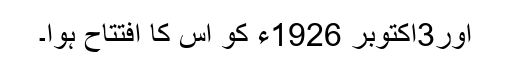
اور3اکتوبر 1926ء کو اس کا افتتاح ہوا۔